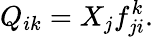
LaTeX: Q_{ik}=X_{j}f_{ji}^{k}.